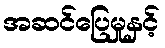
အဆင်ပြေမှုနှင့်